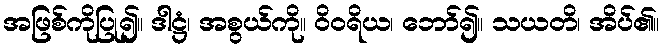
အဖြစ်ကိုပြု၍။ ဒါဋ္ဌံ၊ အစွယ်ကို။ ဝိဝရိယ၊ ဘော်၍။ သယတိ၊ အိပ်၏။